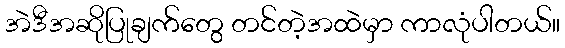
အဲဒီအဆိုပြုချက်တွေ တင်တဲ့အထဲမှာ ကာလုံပါတယ်။